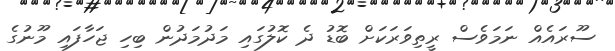
ސޫރައެއް ނަމަވެސް ރީތިވަރަކަށް ބޮޑު ދެ ކޮލުގައި މަދުމަދުން ބިހި ޖަހާފައި މޫނުގެ